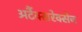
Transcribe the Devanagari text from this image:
अर्टैक्सरेक्सेज